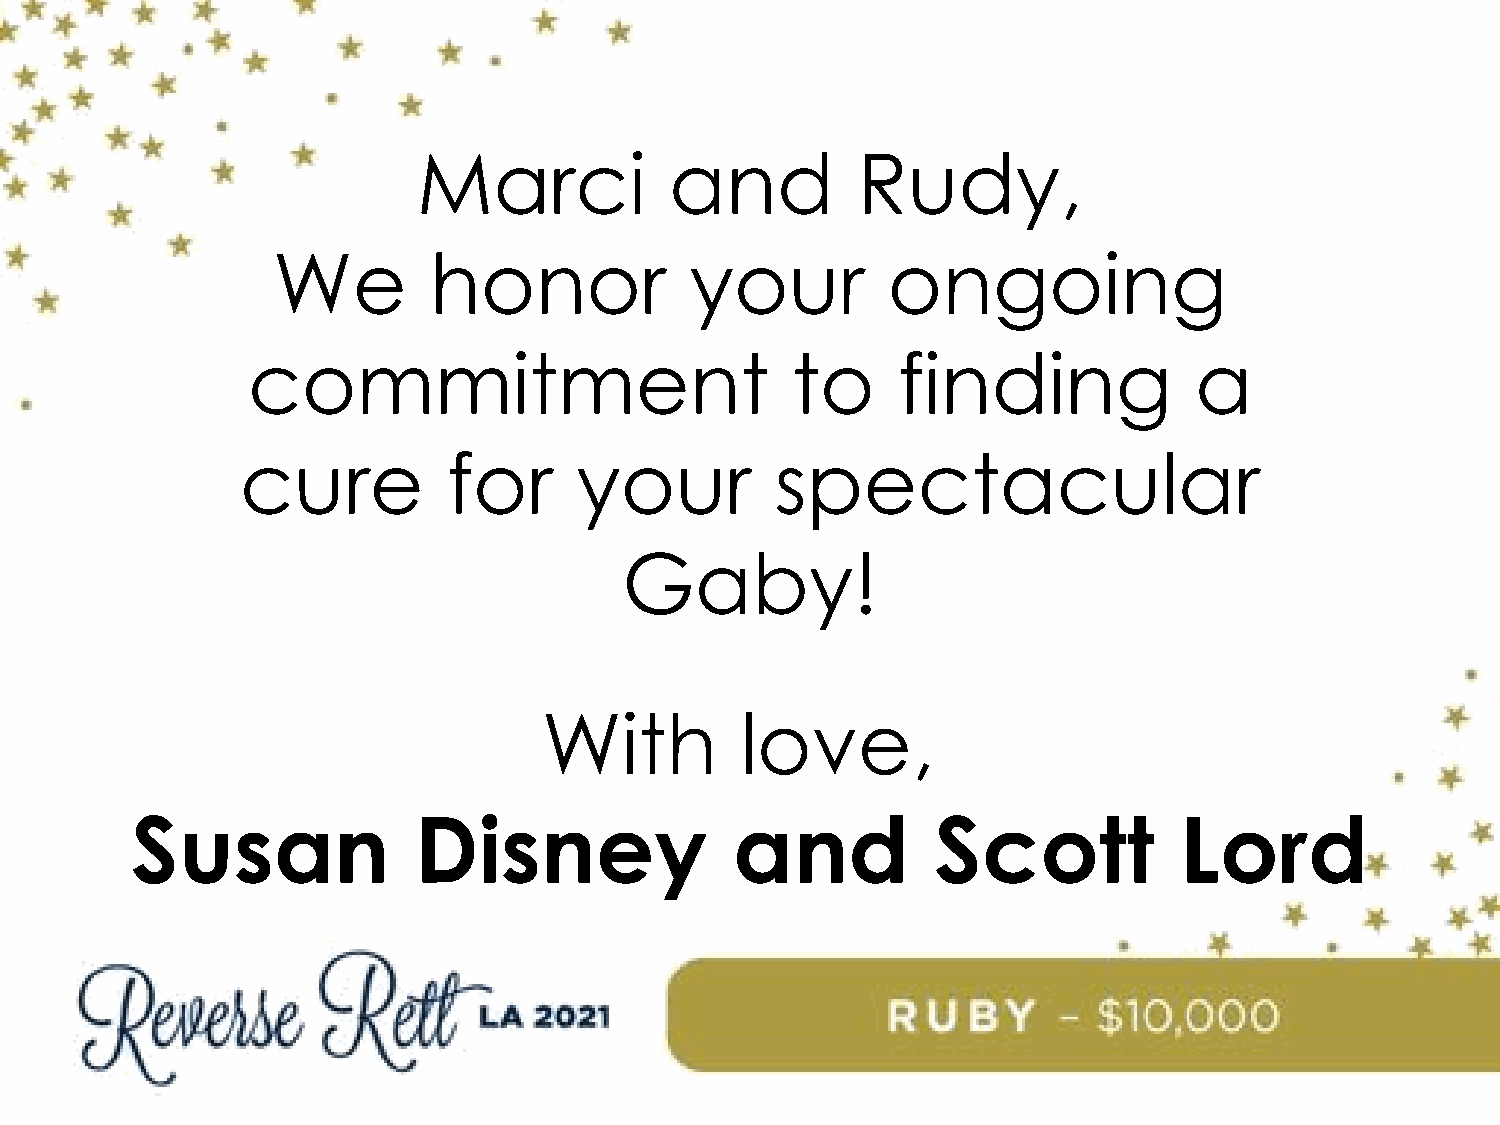
Marci           and          Rudy,
 We        honor             your         ongoing
 commitment                          to     finding             a
 cure          for     your         spectacular
 Gaby!
 With         love,
 Susan             Disney                and          Scott           Lord